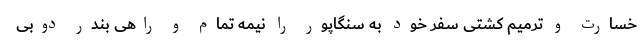
خسارت و ترمیم کشتی سفر خود به سنگاپور را نیمه تمام و راهی بندر دوبی